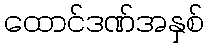
ထောင်ဒဏ်အနှစ်